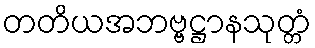
တတိယအဘဗ္ဗဋ္ဌာနသုတ္တံ